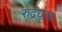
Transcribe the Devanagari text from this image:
रुद्रधृत्य